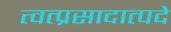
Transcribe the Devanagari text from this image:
त्वत्प्रसादात्पदे